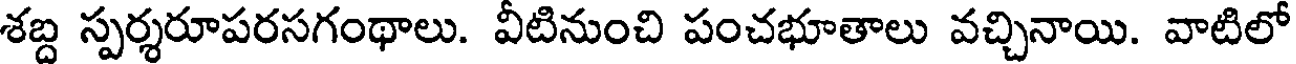
శబ్ద స్పర్శరూపరసగంథాలు. వీటినుంచి పంచభూతాలు వచ్చినాయి. వాటిలో